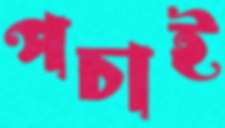
পচাই